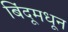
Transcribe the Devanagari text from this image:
बिंदूमधून